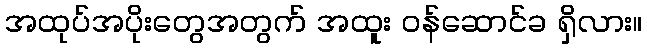
အထုပ်အပိုးတွေအတွက် အထူး ဝန်ဆောင်ခ ရှိလား။